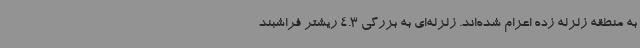
به منطقه زلزله زده اعزام شده‌اند. زلزله‌ای به بزرگی 4.3 ریشتر فراشبند